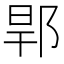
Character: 𨛎